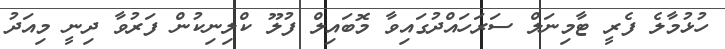
ހުޅުމާލެ ފެރީ ޓާމިނަލް ސަރަހައްދުގައިވާ މޮބައިލް ފުލޫ ކްލިނިކުން ފަރުވާ ދިނީ މިއަދު